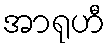
အာရုဟီ